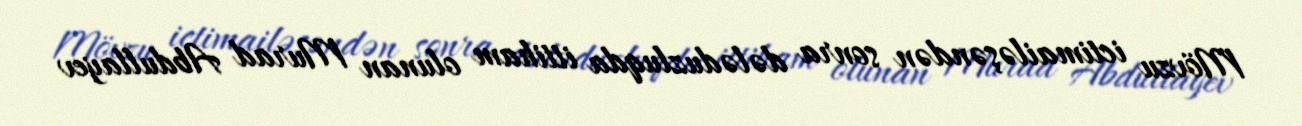
Mövzu ictimailəşəndən sonra dələduzluqda ittiham olunan Murad Abdullayev